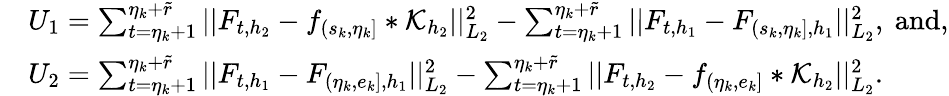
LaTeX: \begin{array}{rl}&{U_{1}=\sum_{t=\eta_{k}+1}^{\eta_{k}+\widetilde{r}}\vert\vert F_{t,{h_{2}}}-f_{(s_{k},\eta_{k}]}\ast\mathcal{K}_{{h_{2}}}\vert\vert_{L_{2}}^{2}-\sum_{t=\eta_{k}+1}^{\eta_{k}+\widetilde{r}}\vert\vert F_{t,{h_{1}}}-F_{(s_{k},\eta_{k}],{h_{1}}}\vert\vert_{L_{2}}^{2},\ \mathrm{and,}}\\ &{U_{2}=\sum_{t=\eta_{k}+1}^{\eta_{k}+\widetilde{r}}\vert\vert F_{t,{h_{1}}}-F_{(\eta_{k},e_{k}],{h_{1}}}\vert\vert_{L_{2}}^{2}-\sum_{t=\eta_{k}+1}^{\eta_{k}+\widetilde{r}}\vert\vert F_{t,{h_{2}}}-f_{(\eta_{k},e_{k}]}\ast\mathcal{K}_{h_{2}}\vert\vert_{L_{2}}^{2}.}\end{array}